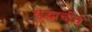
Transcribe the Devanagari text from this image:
युद्धाचीच